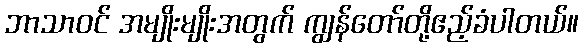
ဘာသာဝင် အမျိုးမျိုးအတွက် ကျွန်တော်တို့ဧည့်ခံပါတယ်။